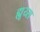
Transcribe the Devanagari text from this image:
ह्यूय्स